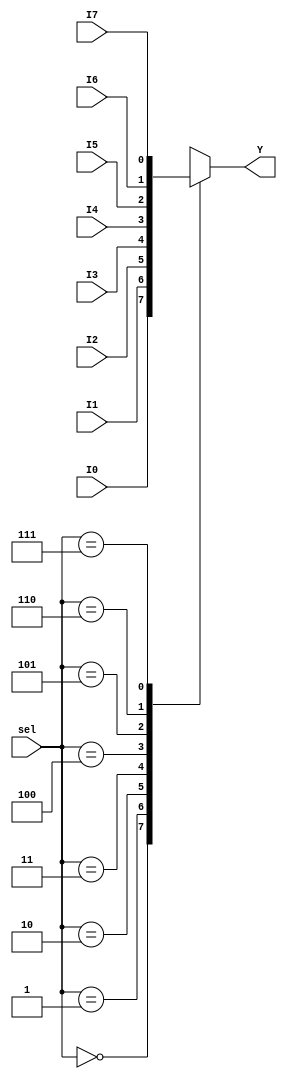
module MUX_8to1_1bit(
output reg Y,
input I0,I1,I2,I3,I4,I5,I6,I7,
input [2:0]sel
    );
    /*
    wire S0,S1,S2;
    wire Y0,Y1,Y2,Y3,Y4,Y5,Y6,Y7;
    not N0(S0,sel_0);
    not N1(S1,sel_1);
    not N2(S2,sel_2);
    
    and A0(Y0,I0,S2,S1,S0);
    and A1(Y1,I1,S2,S1,sel_0);
    and A2(Y2,I2,S2,sel_1,S0);
    and A3(Y3,I3,S2,sel_1,sel_0);
    and A4(Y4,I4,sel_2,S1,S0);
    and A5(Y5,I5,sel_2,S1,sel_0);
    and A6(Y6,I6,sel_2,sel_1,S0);
    and A7(Y7,I7,sel_2,sel_1,sel_0);
    wire Z0,Z1;
    or O0(Z0,Y0,Y1,Y2,Y3);
    or O1(Z1,Y4,Y5,Y6,Y7);
    or O2(Y,Z0,Z1);
    */
always @(*) 
    case(sel) 
        3'd0:Y=I0; 
        3'd1:Y=I1; 
        3'd2:Y=I2; 
        3'd3:Y=I3; 
        3'd4:Y=I4; 
        3'd5:Y=I5; 
        3'd6:Y=I6; 
        3'd7:Y=I7; 
    endcase 
    
endmodule